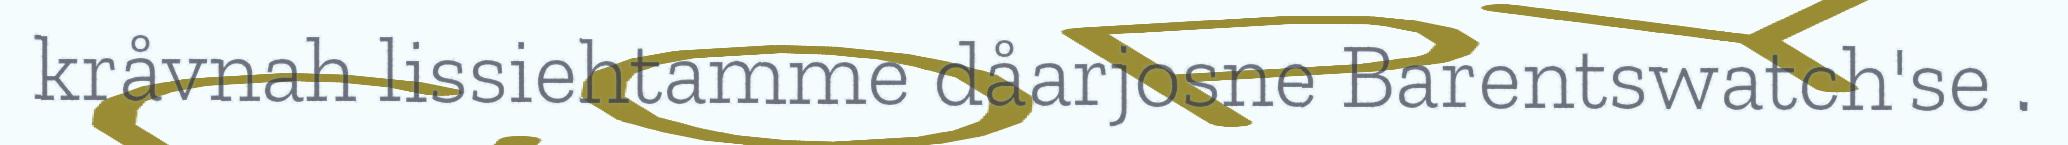
kråvnah lissiehtamme dåarjosne Barentswatch'se .